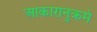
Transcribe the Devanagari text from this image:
आकारानुक्रमे